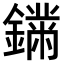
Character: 𨬚